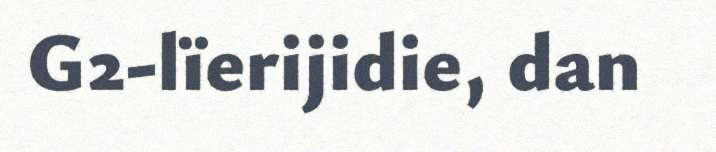
G2-lïerijidie, dan